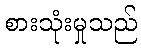
စားသုံးမှုသည်